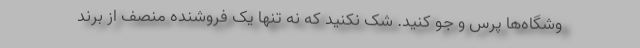
وشگاه‌ها پرس و جو کنید. شک نکنید که نه تنها یک فروشنده منصف از برند